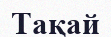
Тақай